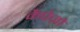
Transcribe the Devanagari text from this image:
कैंपेज़ो